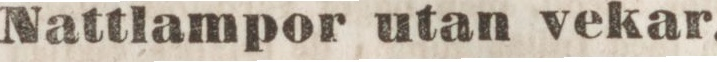
Nattlampor utan vekar,